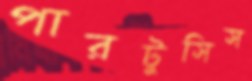
পারটুসিস